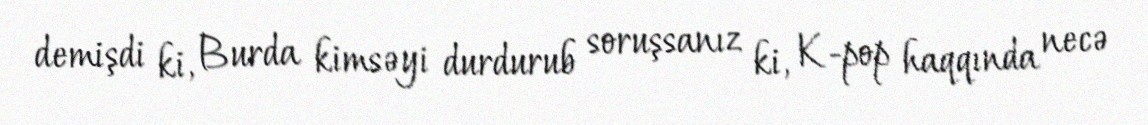
demişdi ki, Burda kimsəyi durdurub soruşsanız ki, K-pop haqqında necə